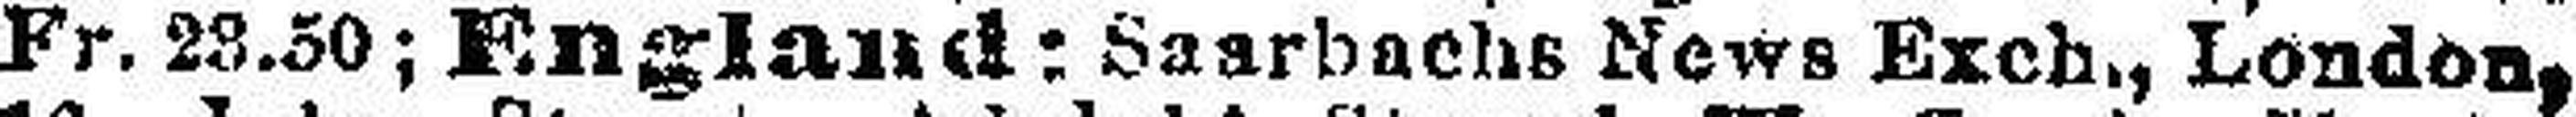
Fr. 28.50; England: Saarbachs News Exch., London,